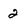
Character: 2